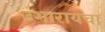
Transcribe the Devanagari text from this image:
उभारायचा